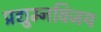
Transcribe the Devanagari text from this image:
प्रद्युम्नविजय